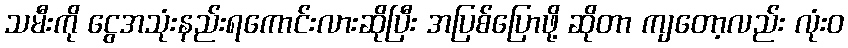
သမီးကို ငွေအသုံးနည်းရကောင်းလားဆိုပြီး အပြစ်ပြောဖို့ ဆိုတာ ကျတော့လည်း လုံးဝ